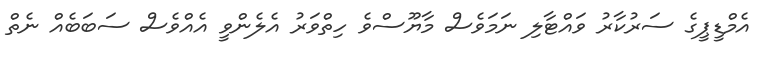
އެމްޑީޕީގެ ސަރުކާރު ވައްޓާލި ނަމަވެސް މާޔޫސްވެ ހިތްވަރު އެލެންވީ އެއްވެސް ސަބަބެއް ނެތް